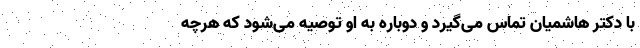
با دکتر هاشمیان تماس می‌گیرد و دوباره به او توصیه می‌شود که هرچه